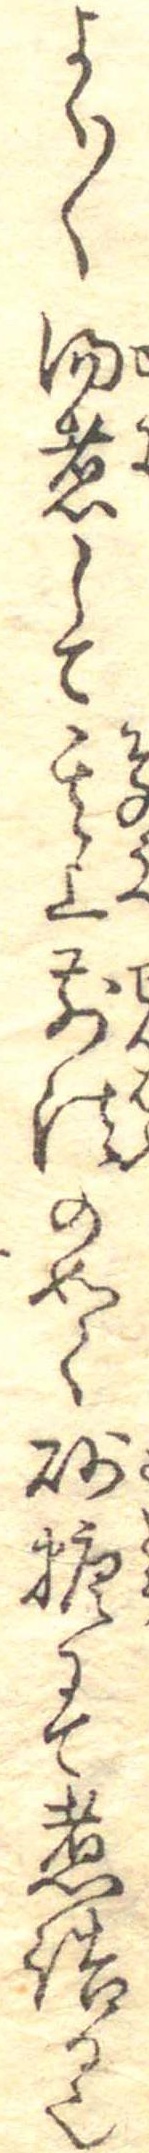
よく〱湯煮して其上前法の如く砂糖にて煮詰る也